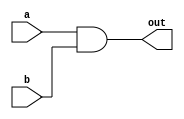
`timescale 1ns / 1ps
//////////////////////////////////////////////////////////////////////////////////
// Company: 
// Engineer: 
// 
// Design Name: 
// Module Name: gate_and
// Project Name: 
// Target Devices: 
// Tool Versions: 
// Description: 
// 
// Dependencies: 
// 
// Revision:
// Revision 0.01 - File Created
// Additional Comments:
// 
//////////////////////////////////////////////////////////////////////////////////


module gate_and(
input wire a, b,
output wire out
    );
    
    assign out = a & b;
endmodule